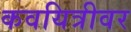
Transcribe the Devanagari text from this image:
कवयित्रीवर